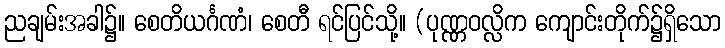
ညချမ်းအခါ၌။ စေတိယင်္ဂဏံ၊ စေတီ ရင်ပြင်သို့။ (ပုဏ္ဏဝလ္လိက ကျောင်းတိုက်၌ရှိသော